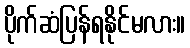
ပိုက်ဆံပြန်ရနိုင်မလား။